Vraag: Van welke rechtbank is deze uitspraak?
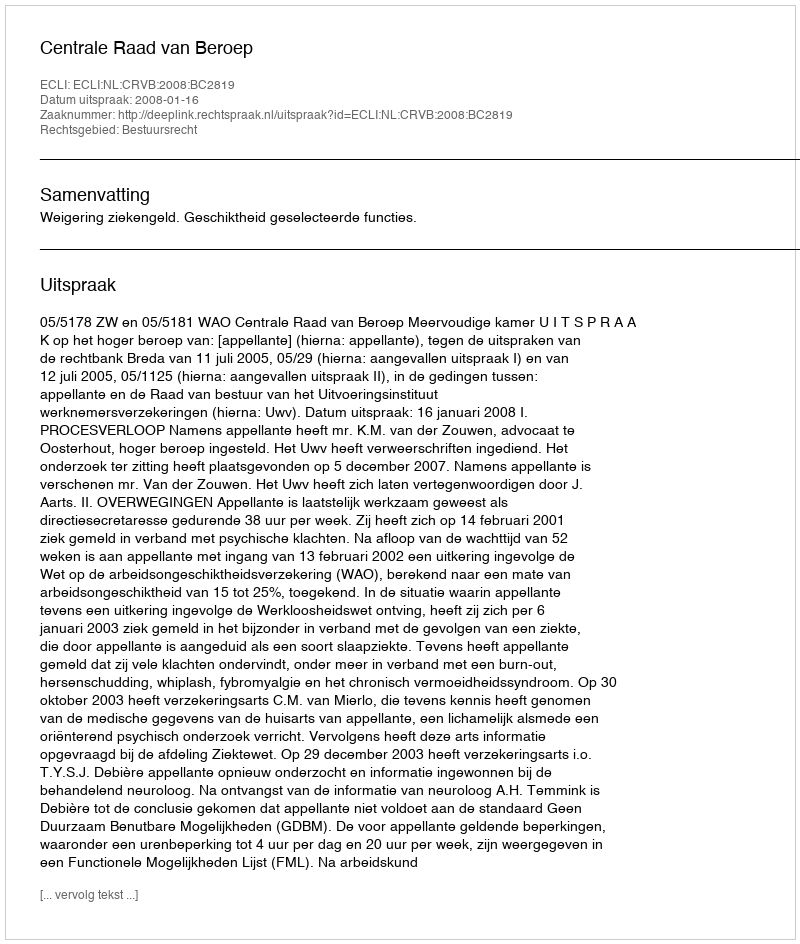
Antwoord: Centrale Raad van Beroep